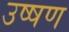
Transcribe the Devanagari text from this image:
उष्षण